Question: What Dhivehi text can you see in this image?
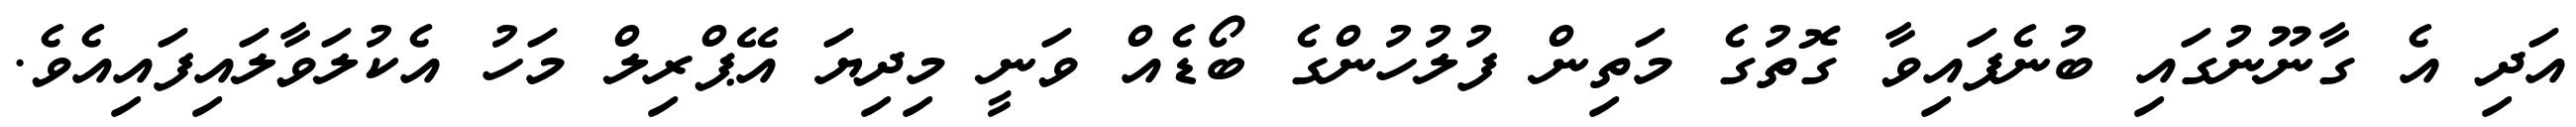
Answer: އަދި އެ ގާނޫނުގައި ބުނެފައިވާ ގޮތުގެ މަތިން ފުލުހުންގެ ބޯޑެއް ވަނީ މިދިޔަ އޭޕްރިލް މަހު އެކުލަވާލައިފައިއެވެ.